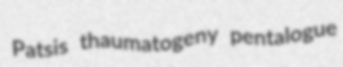
Patsis thaumatogeny pentalogue